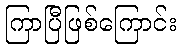
ကြာပြီဖြစ်ကြောင်း